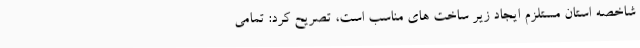
شاخصه استان مستلزم ایجاد زیر ساخت های مناسب است، تصریح کرد: تمامی